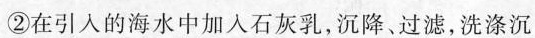
②在引入的海水中加入石灰乳，沉降、过滤，洗涤沉